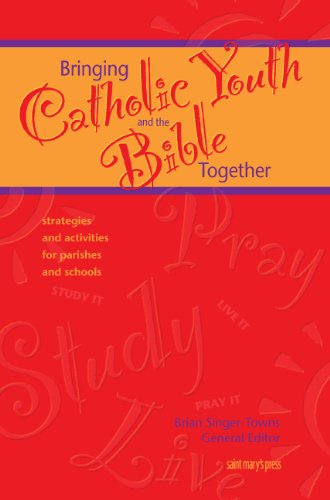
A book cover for Bringing Catholic Youth and the Bible Together: Strategies and Activities for Parishes and Schools (ScriptureWalk Leaders Resource); Christian Books & Bibles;